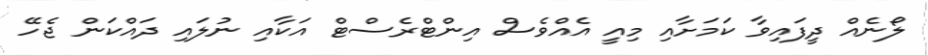
ލޯނެއް ދީފައިވާ ކަމަށާއި މިއީ އެއްވެސް އިންޓްރެސްޓް އަކާއި ނުލައި ދައްކަން ޖެހޭ